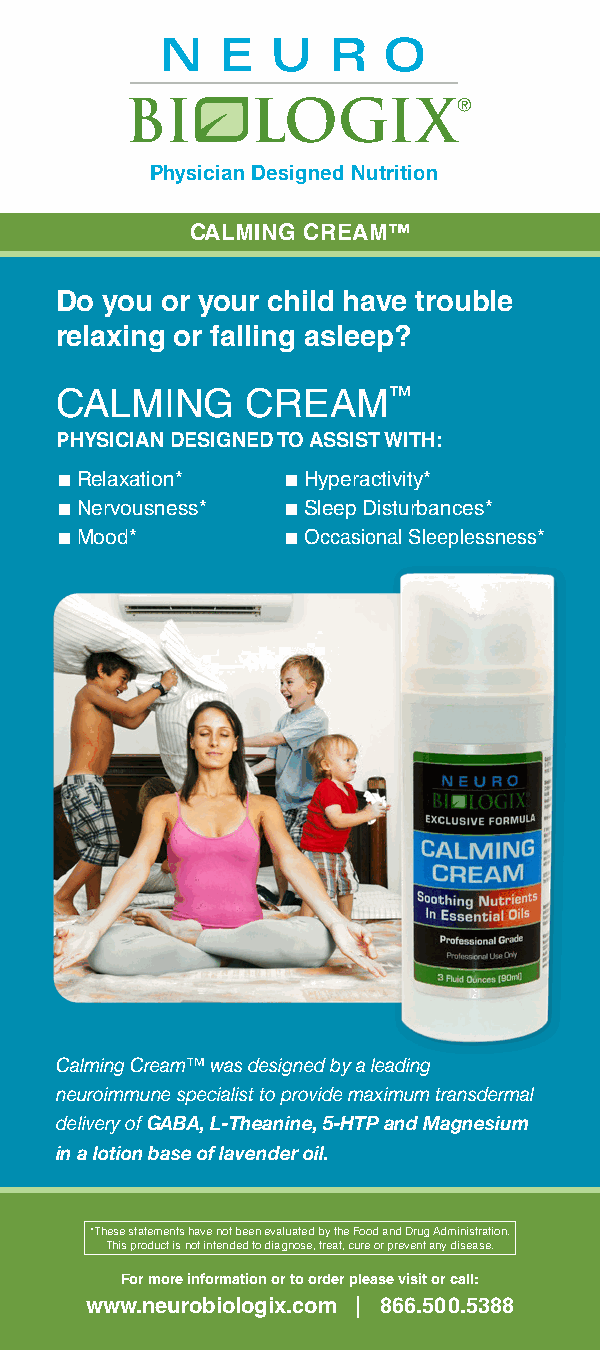
Physician Designed Nutrition
 CALMING CREAM™
 Do you or your child have trouble
 relaxing or falling asleep?
 CALMING     CREAM™
 PHYSICIAN DESIGNED TO ASSIST WITH:
 ■ Relaxation*  ■ Hyperactivity*
 ■ Nervousness* ■ Sleep Disturbances*
 ■ Mood*        ■ Occasional Sleeplessness*
 Calming Cream™ was designed by a leading
 neuroimmune specialist to provide maximum transdermal
 delivery of GABA, L-Theanine, 5-HTP and Magnesium
 in a lotion base of lavender oil.
 *These statements have not been evaluated by the Food and Drug Administration.
 This product is not intended to diagnose, treat, cure or prevent any disease.
 For more information or to order please visit or call:
 www.neurobiologix.com | 866.500.5388